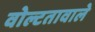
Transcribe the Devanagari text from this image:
वोल्टतावाले